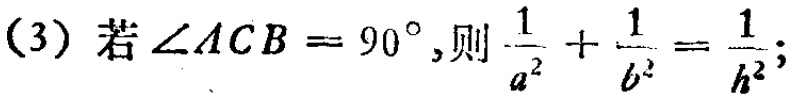
(3) 若$\angle ACB = 90^{\circ}$,则$\frac{1}{a^{2}}+\frac{1}{b^{2}}=\frac{1}{h^{2}}$;